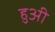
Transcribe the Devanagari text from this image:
हुअी